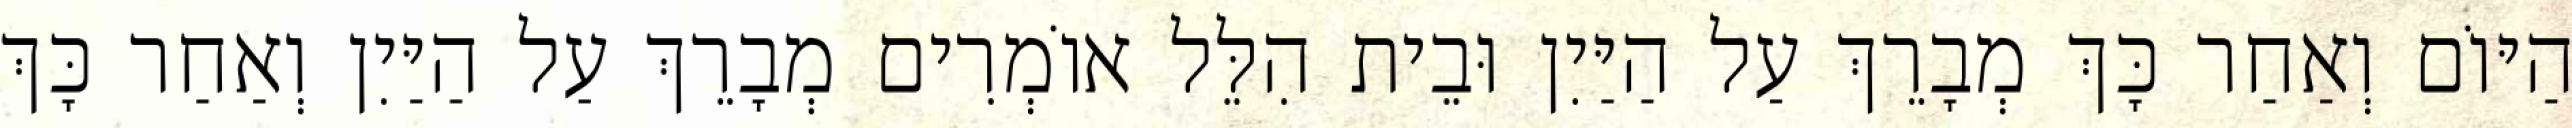
הַיּוֹם וְאַחַר כָּךְ מְבָרֵךְ עַל הַיַּיִן וּבֵית הִלֵּל אוֹמְרִים מְבָרֵךְ עַל הַיַּיִן וְאַחַר כָּךְ